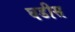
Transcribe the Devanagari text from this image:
घडीस